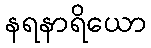
နရနာရိယော